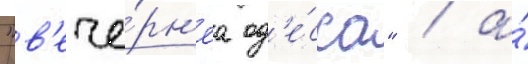
"в'ече́рн'яа од'е́сса" / а́